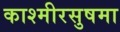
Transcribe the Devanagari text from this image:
काश्मीरसुषमा